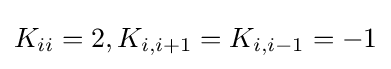
K_{ii}=2,K_{i,i+1}=K_{i,i-1}=-1